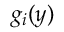
g _ { i } ( y )